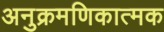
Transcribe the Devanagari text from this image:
अनुक्रमणिकात्मक